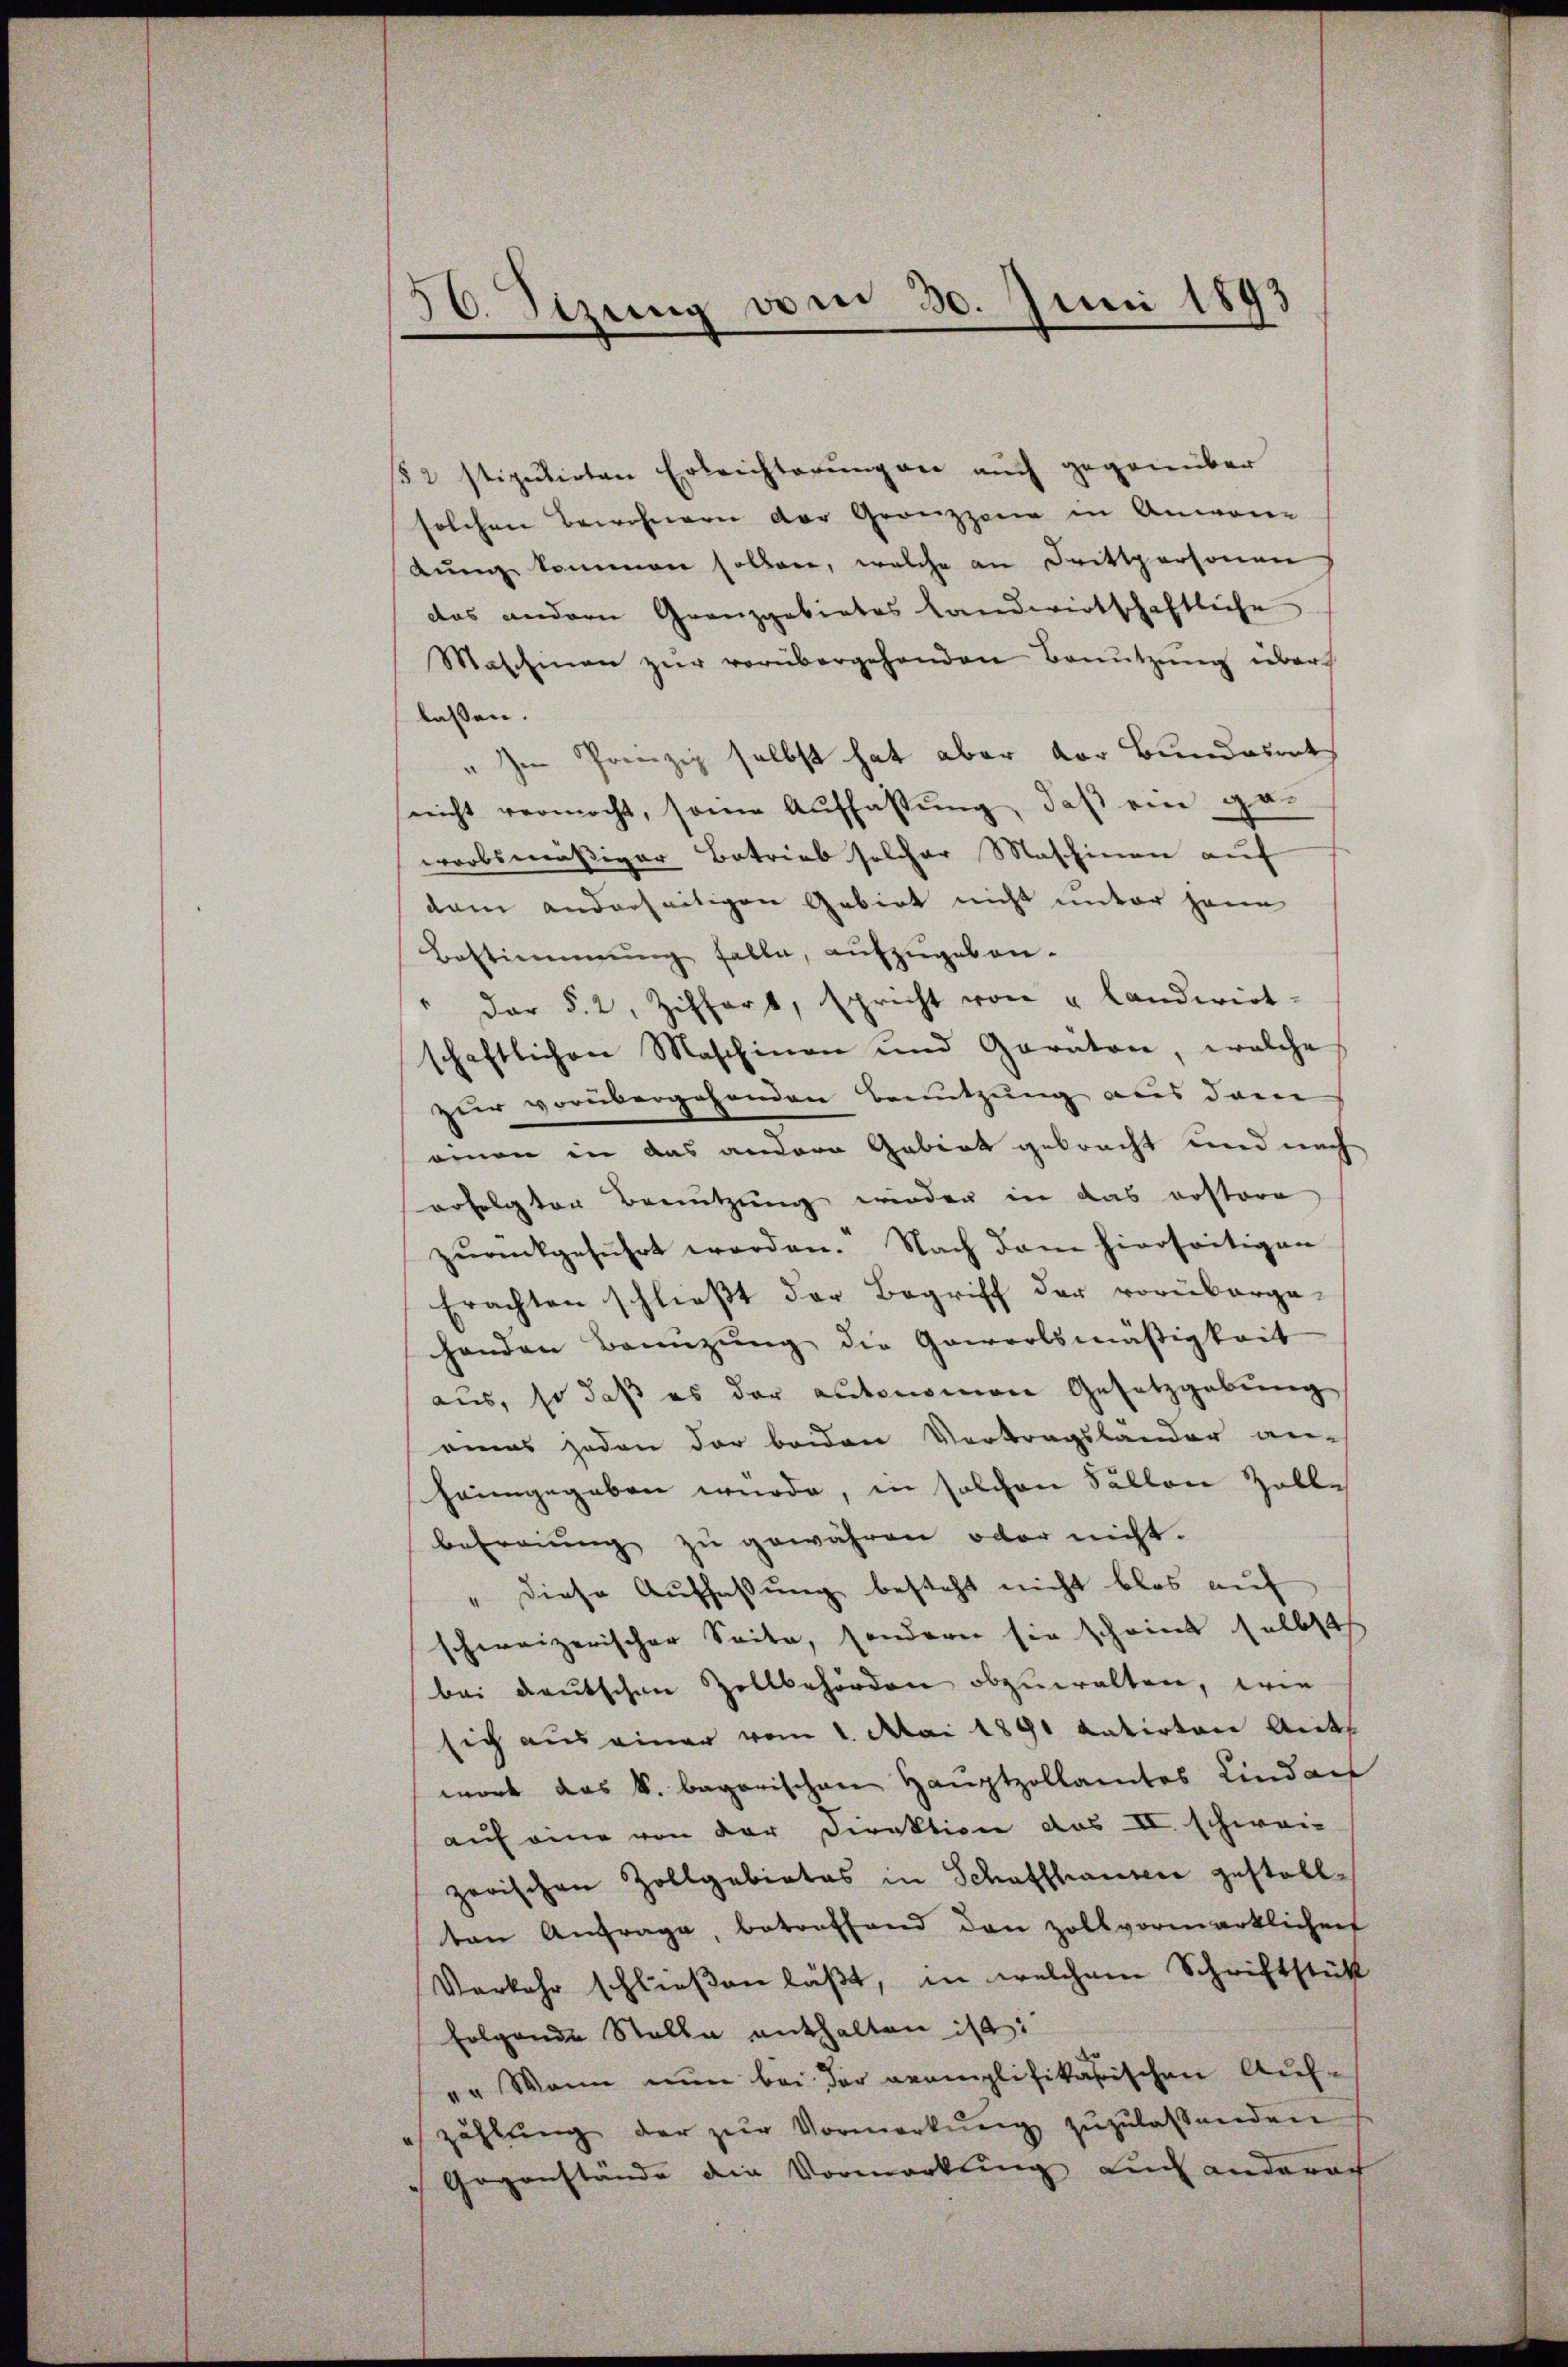
56. Sizung vom 30. Juni 1893

§ 2 stiputirten Erleichterungen auch gegenüber
solchen Bewohnern der Grenzzoni in Anwen-
lŭng kommen sollen, welche an Drittpersonen
das andern Granzgebietes Landwirtschaftliche
Maschinen zŭr vorübergehenden Benŭtzŭng übers
lassen.
" Im Prinzip selbst hat aber der Bundesrath
nicht vermocht, sonne Auffassŭng, daβ ein ge-
warbsmäßiger Betrieb solcher Maschinen auf
dam anderseitigen Gebiet nicht unter jene
Bestimmung falle, aŭfzŭgeben-
der §. 2. Ziffert, spricht von u Landwirt-
schaftlichen Maschinen und Garaton, welche
zur vorübergehenden Benutzung aus dem
einen in das andere Gebiet gebracht und nach
erfolgter Benutzung wieden in das erstora
zŭrückgeführt worden. Nach dem hierseitigen
Erachten schließt der Begriff der vorüberge-
handen Benüzŭng die Gewerbsmäßigkeit
aus, so daß es der autonomon Gesetzgebung
amas jeden der beiden Vortragslander an-
heimgegeben wurde, in solchen Fällen Zolle
befreiung zu gewähren oder nicht.
" diese Auffassung besteht nicht blos auf
schweizerischer Seite, sondern sie scheint selbst
bei deutschen Zollbehörden abzuwalten, wie
sich aus einer vom 1. Mai 1891 datirten Anth
wort das k. bagarischen Hauptzollamtes Lindach
auf eine von der Direktion des II. schweizerischen Zollgebietes in Schaffhauser gestallten Anfrage, betreffend den Zollvormerklichen
Vorkehr schließen läßt, in welchem Schriftstück
folgende Stelle enthalten ist:
". Wenn nun bei der oeamplifikarischen Aufe zahlŭng der zŭr Vormerkŭng zŭzŭlassenden
Gegenstände die Vormerkung auch anderec